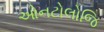
ઓનટોલોજિ